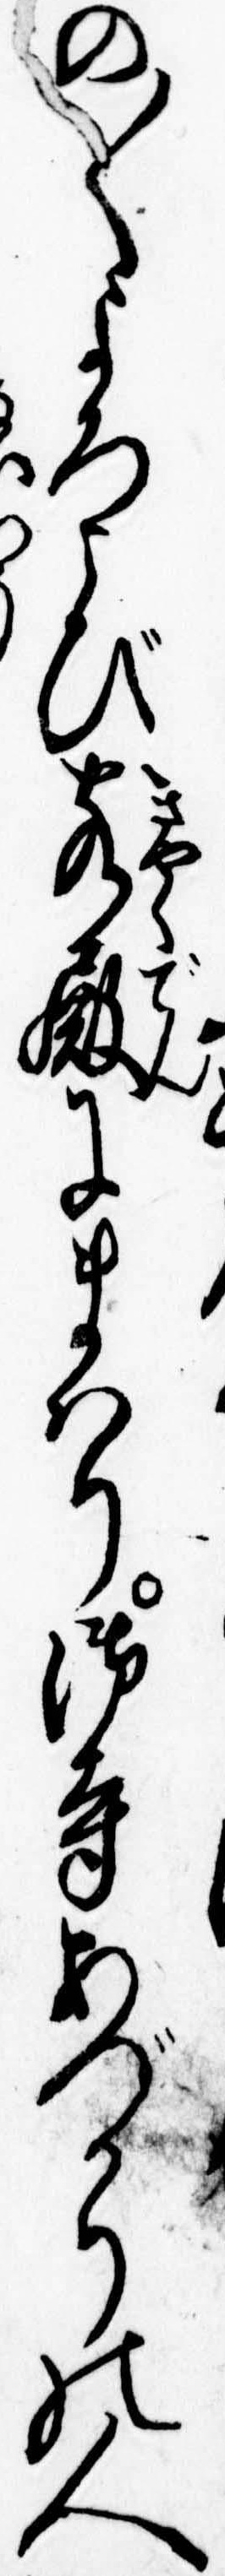
の〱よろこび客殿にまはり御寺あづかりの人